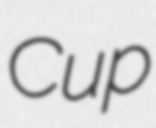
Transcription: Cup